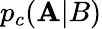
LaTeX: p_{c}(\mathbf{A}|B)